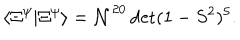
\langle \Xi ^ { \psi } | \Xi ^ { \psi } \rangle = \mathcal { N } ^ { 2 0 } \det ( 1 - S ^ { 2 } ) ^ { 5 } .